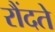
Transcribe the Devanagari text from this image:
रौंदते